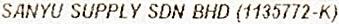
SANYU SUPPLY SDN BHD (1135772-K)